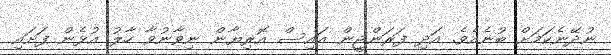
ނުދޭނެކަމަށް ބުނެއެވެ. އަދި ފަރަންޖީން އައިސް އޮރިޔާން ނިވާނުވާ ހާލު އުޅެން ފަށައި